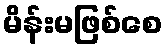
မိန်းမဖြစ်စေ